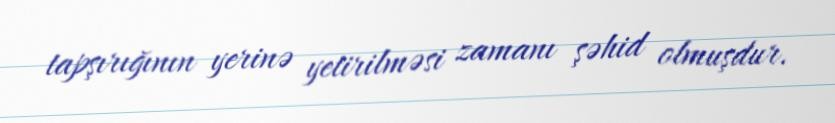
tapşırığının yerinə yetirilməsi zamanı şəhid olmuşdur.